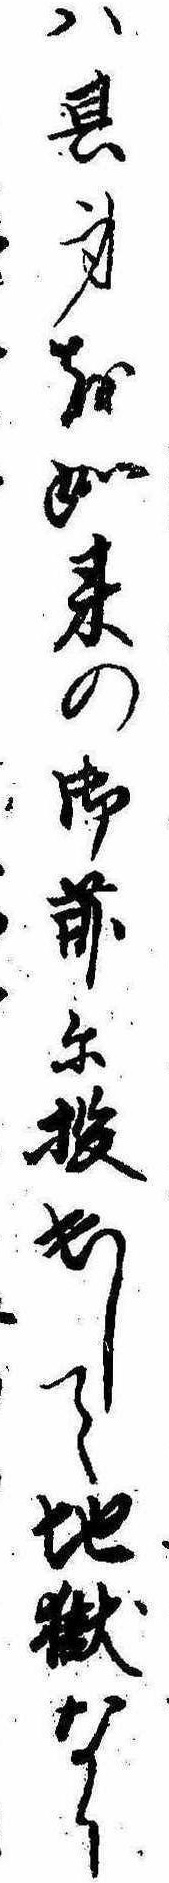
は其身を如来の御前に投出して地獄なり